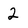
Character: 2